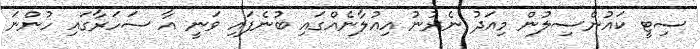
ސިޓީ ކައުންސިލުން މިއަދު ނެރުނު އިއުލާނެއްގައި ބުނެފައި ވަނީ އާ ސަހަރާގައި ހުންނަ